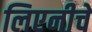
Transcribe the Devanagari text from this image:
लिएनीचे